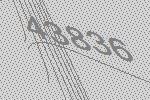
43836